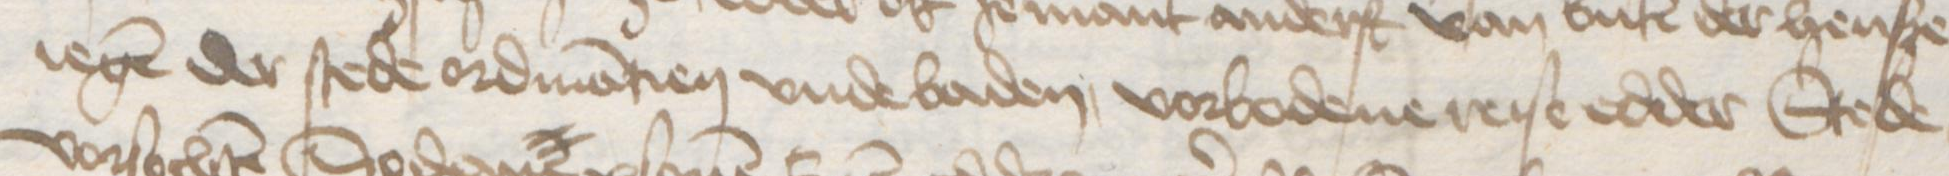
Transcription: iegen der stede ordinantien vnde baden, vorbodene reise edder Stede